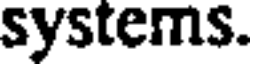
systems.